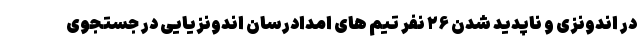
در اندونزی و ناپدید شدن ۲۶ نفر تیم های امدادرسان اندونزیایی در جستجوی